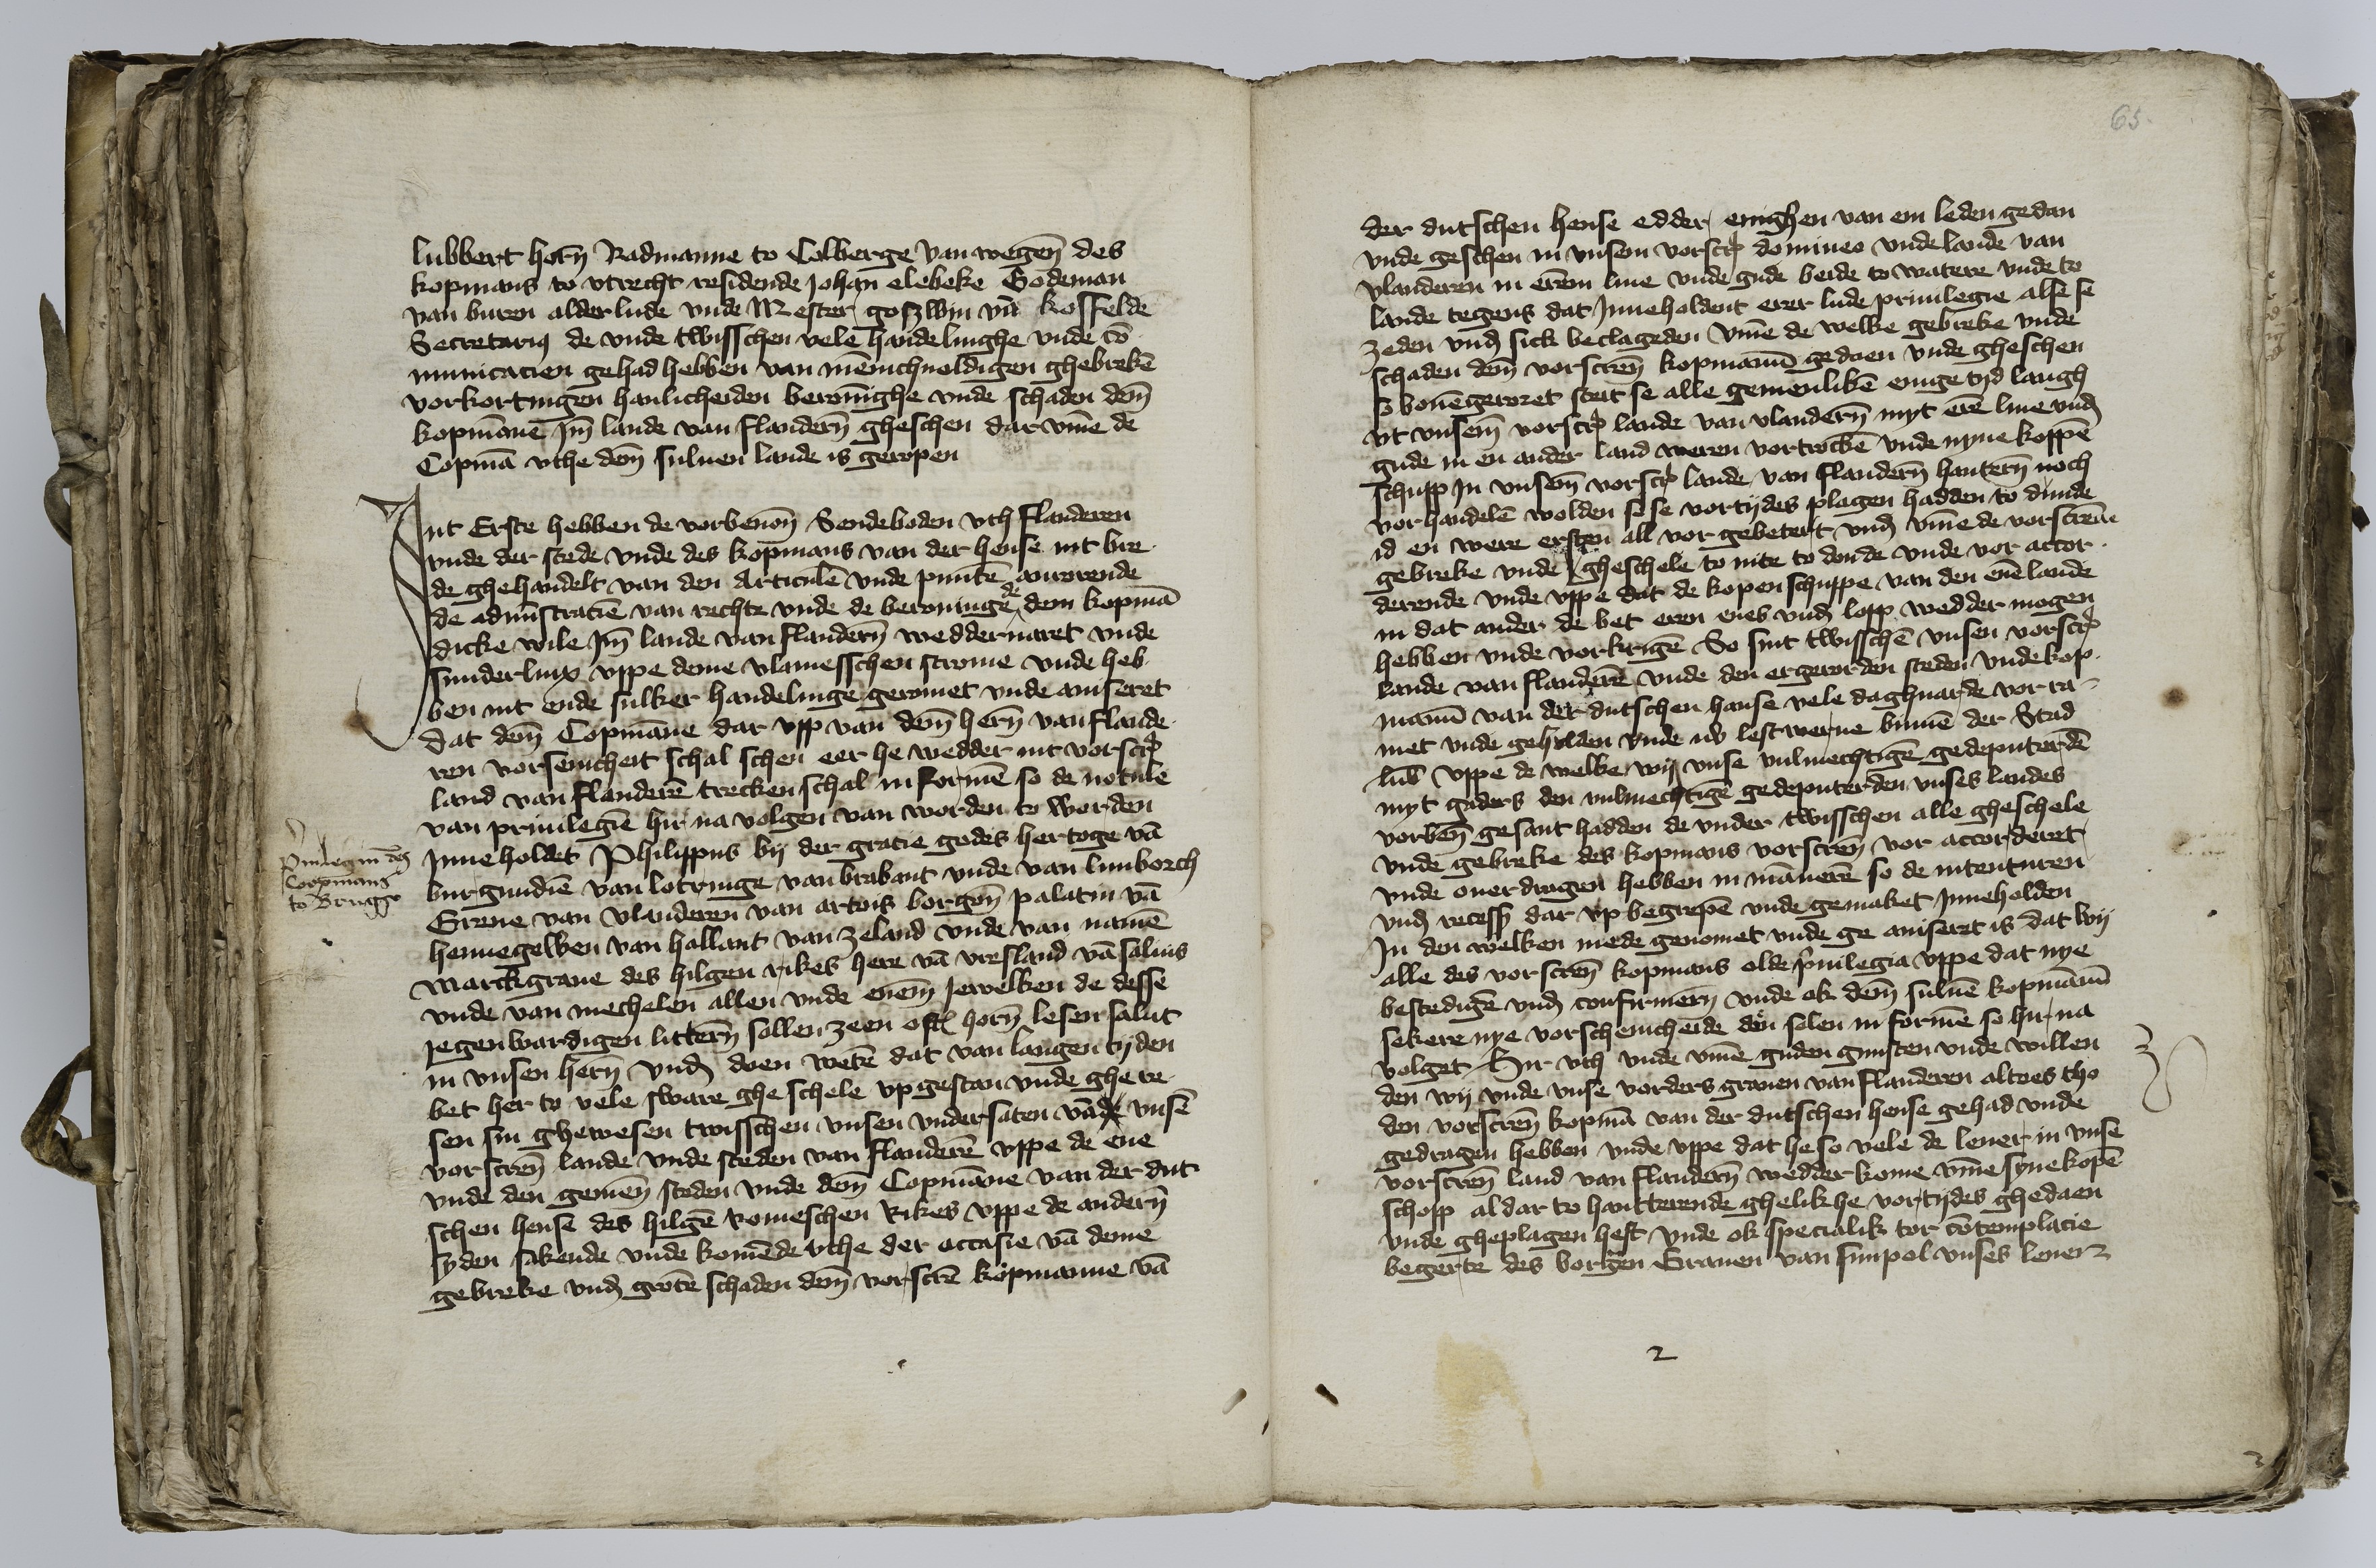
Lubbert Horen Radmanne to Colberge van wegene des
kopmans to Vtrecht residende Johan Clebeke Godeman
van Buren alderlude vnde Mester Goszwin van Koffelde
Secretarius de vnde twisschen velen handelinghe vnde co¬
municacien gehad hebben van mennichuoldigen ghebreken
vorkortingen hanlicheiden berouinghe vnde schaden deme
kopmanne Jmme lande van Flanderen gheschen darvmme de
Copman vthe deme suluen lande is geropen.

Jnt Erste hebben de vorbenomeden Sendeboden vth Flanderen
vnde der stede vnde des kopmans van der hense mit bre¬
de ghehandelt van den Articulen vnde punten anrorende
de administracien van rechte vnde de berouinge de dem kopman
dicke wile Jmme lande van Flanderen wedderuaret vnde
sunderlinx vppe deme vlamesschen strome vnde heb¬
ben int ende sulker handelinge geromet vnde auiseret
dat deme Copmanne dar vpp van deme heren van Flande¬
ren vorsenicheit schal schen eer he wedder int vorscreuen
land van Flanderen trecken schal in formen so den notule
van priuilegien hir na volgen van worden to worden
Jnneholdet Philippus by der gracie godes hertoge van
Burgundien van Lotringe van Brabant vnde van Lunborch
Greue van Vlanderen van Artois Borgene palatin van
Hennegewen van Hollant van Zeland vnde van Namen
Marckgraue des hilgen rikes here van Vresland van Saluis
vnde van Mechelen allen vnde eneme Jewelken de desse
jegenwardigen litteren sollen zeen oftes horen lesen salut
in vnsen heren vnd doen weten dat van langen tyden
bet her to vele sware ghe schele vpgestan vnde ghe re-
sen sin ghewesen twisschen vnsen vndersaten van de vnsen
vorscreuen lande vnde steden van Flanderen vppe de ene
vnde den gemenen steden vnde deme Copmanne van der dut¬
schen hense des hilgen Romeschen Rikes vppe de anderen
syden sakende vnde komende vthe der accasie van deme
gebreke vnd groten schaden deme vorscreuen kopmanne van

Priuilegium des
Coopmans
to Brugge

65

der dutschen hense edder enighen van em leden gedan
vnde geschen in vnsem vorscreuen domineo vnde lande van
Vlanderen in erem liue vnde gude beide to watere vnde to
lande tegens dat Jnneholdent erer lude priuilegie alse se
zeden vnde sick beclageden vmme de welke gebreke vnde
schaden deme vorscreuen kopmanne gedaen vnde gheschen
so bouengeroret steit se alle gemenliken enige tyd langh
vt vnseme vorscreuen lande van Vlanderen myt erem liue vnd
gude in en ander land waren vortrocken vnde nyne koppen¬
schupp Jn vnseme vorscreuen lande van Flanderen hanteren noch
vorhandelen wolden se se vortydes plagen hadden to dunde
id en were ersten all vor gebetert vnd vmme de vorscreuen
gebreke vnd geschele to nite to donde vnde vor accor¬
derende vnde vppe dat de kopenschuppe van den enen lande
in dat ander de bet eren enes vnd lopp wedder mogen
hebben vnde vorkrigen So sint twisschen vnsen vorscreuen
lande van Flanderen vnde den ergerorden steden vnde kop¬
manne van der dutschen hanse vele daghuarde vor ra¬
met vnde geholden vnde nv lest werue binnen der Stad
Lubek vppe de welke wy vnse vulmechtigen gedeputereden
myt gaders den vulmechtigen gedeputerden vnses landes
vorbenomeden gesant hadden de vnder twisschen alle gheschele
vnde gebreke des kopmans vorscreuen vor accorderet,
vnde ouerdragen hebben in manneren so de intenturen
vnd recess dar vp begrepen vnde gemaket Jnneholden
Jn den welken mede genomet vnde ge auiseret is dat wy
alle des vorscreuen kopmans olde priuilegia vppe dat nye
bestedigen vnd vonfirmeren vnde ok deme suluen kopmanne
sekere nye vorschenicheide doen solen in formen so hir na
volget Hir vth vnde vmme guden gunsten vnde willen
den wy vnde vnse vorders grauen van Flanderen altoes tho
den vorscreuen kopman van der dutschen hense gehad vnde
gedragen hebben vnde vppe dat he so vele de leuer in vnse
vorscreuen land van Flanderen wedder kome vmme syne kopen¬
schopp al dar to hantterende ghelik he vortydes ghedaen
vnde gheplagen heft vnde ok specialik tor contemplacie
begerte des borgen Grauen van Sunpol vnses leuen